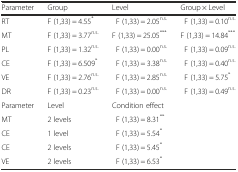
| Parameter | Group | Level | Group × Level |
 | --- | --- | --- | --- |
 | RT | F (1,33) = 4.55* | F (1,33) = 2.05n.s. | F (1,33) = 0.10n.s. |
 | MT | F (1,33) = 3.77n.s. | F (1,33) = 25.05*** | F (1,33) = 14.84*** |
 | PL | F (1,33) = 1.32n.s. | F (1,33) = 0.00n.s. | F (1,33) = 0.09n.s. |
 | CE | F (1,33) = 6.509* | F (1,33) = 3.38n.s. | F (1,33) = 0.40n.s. |
 | VE | F (1,33) = 2.76n.s. | F (1,33) = 2.85n.s. | F (1,33) = 5.75* |
 | DR | F (1,33) = 0.23n.s. | F (1,33) = 0.00n.s. | F (1,33) = 0.49n.s. |
 | Parameter | Level | <COLSPAN=2> Condition effect |
 | MT | 2 levels | <COLSPAN=2> F (1,33) = 8.31** |
 | CE | 1 level | <COLSPAN=2> F (1,33) = 5.54* |
 | CE | 2 levels | <COLSPAN=2> F (1,33) = 5.45* |
 | VE | 2 levels | <COLSPAN=2> F (1,33) = 6.53* |